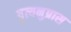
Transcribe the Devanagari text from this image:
वृत्यनुप्रास